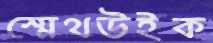
স্মেথউইক